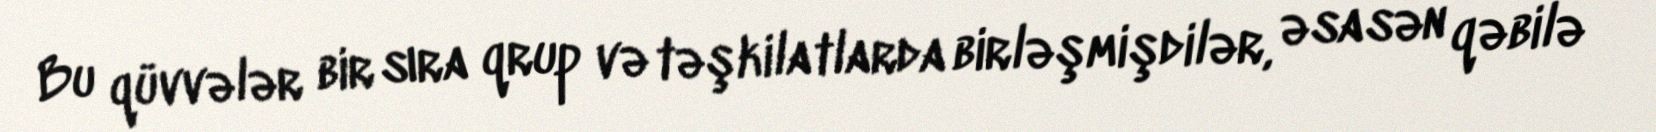
Bu qüvvələr bir sıra qrup və təşkilatlarda birləşmişdilər, əsasən qəbilə